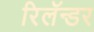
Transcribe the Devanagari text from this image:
रिलॅन्डर